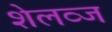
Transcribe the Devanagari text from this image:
शेलव्ज